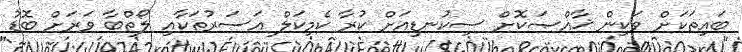
ބައިތަކަށް ވަކިން ޚާއްޞަކޮށް ސިކުނޑިއަށް ކުރާ ކެމިކަލް އަސަރުތަކާއި ލޯތްބާ ވަރަށް ބޮޑު